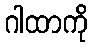
ဂါထာကို